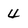
Character: 4